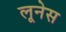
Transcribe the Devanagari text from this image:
लूनेस